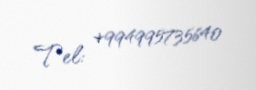
Tel: +994995735640